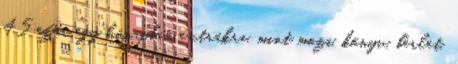
45 ezer egy hónapban extrákra, mint mozi, könyv, bérlet,